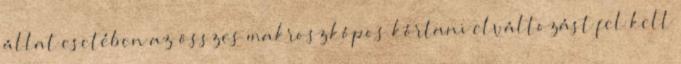
állat esetében az összes makroszkópos kórtani elváltozást fel kell